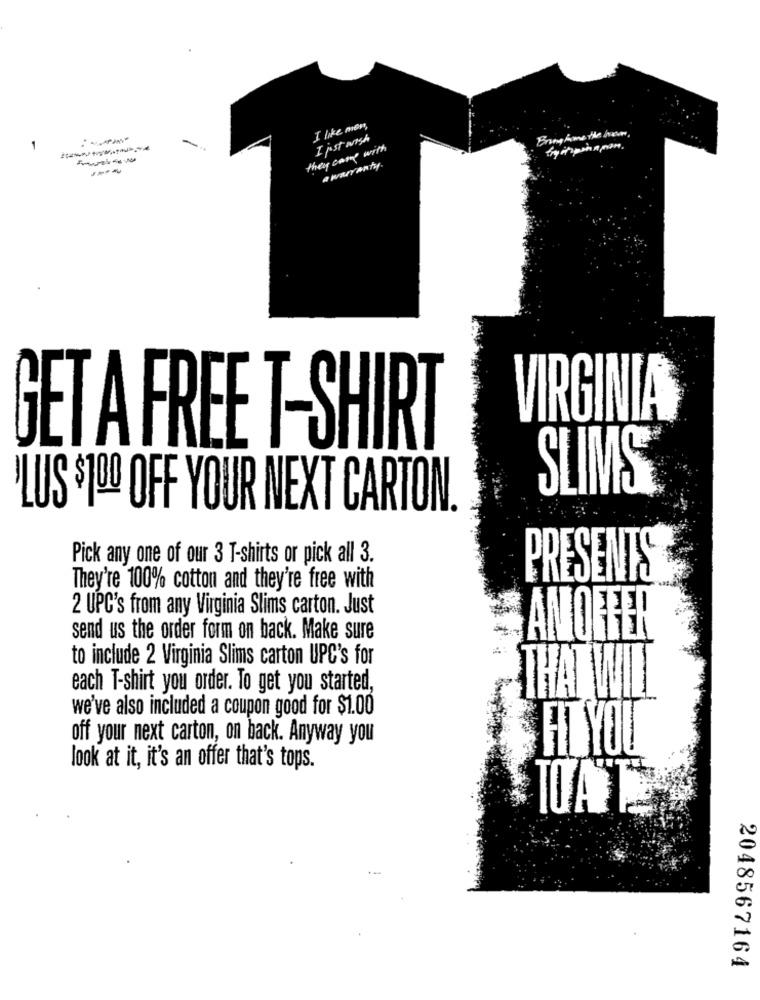
I like men,
I just wish
1
they came with
a WRITANTY.
---
VIRGINIA
GET A FREE T-SHIRT
SLIMS
PLUS $100 OFF YOUR NEXT CARTON.
Pick any one of our 3 T-shirts or pick all 3.
PRESENTS
They're 100% cotton and they're free with
2 UPC's from any Virginia Slims carton. Just
send us the order form on back. Make sure
AMORFER
to include 2 Virginia Slims carton UPC's for
each T-shirt you order. To get you started,
THAT WILL
we've also included a coupon good for $1.00
off your next carton, on back. Anyway you
HT YOU
look at it, it's an offer that's tops.
-
2048567164